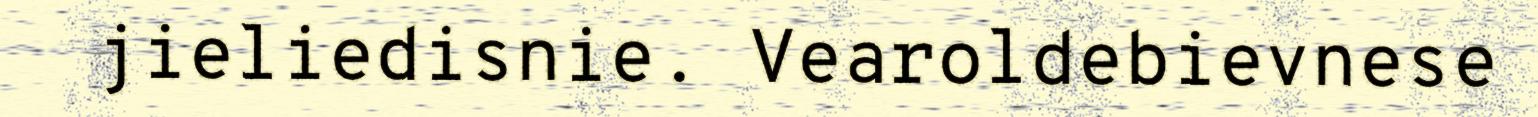
jieliedisnie. Vearoldebievnese